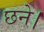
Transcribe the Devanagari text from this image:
छने।